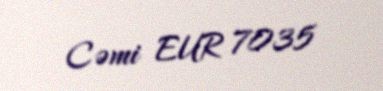
Cəmi EUR 7035